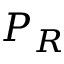
P _ { R }